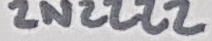
Text: 2N2222